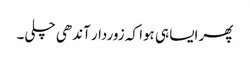
پھر ایسا ہی ہوا کہ زوردار آندھی چلی۔